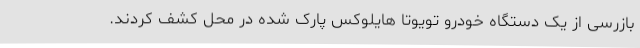
بازرسی از یک دستگاه خودرو تویوتا هایلوکس پارک شده در محل کشف کردند.